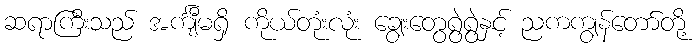
ဆရာကြီးသည် အင်္ကျီမရှိ ကိုယ်တုံးလုံး ချွေးတွေရွဲရွဲနှင့် ညကကျွန်တော်တို့